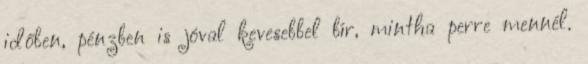
időben, pénzben is jóval kevesebbel bír, mintha perre mennél.